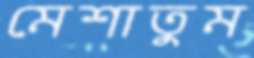
মেশাতুম